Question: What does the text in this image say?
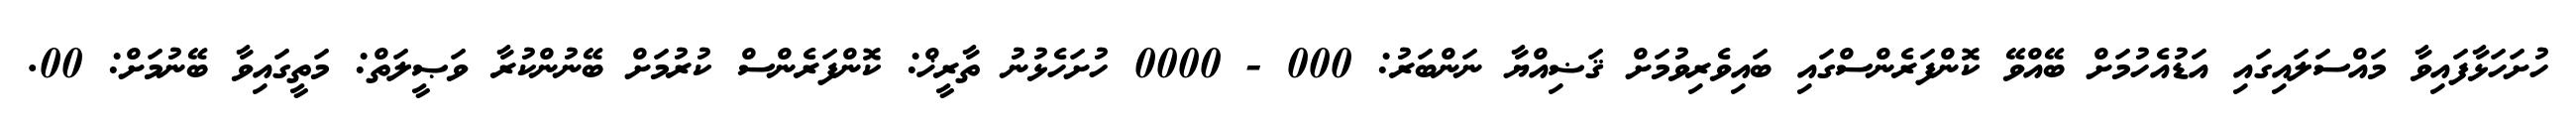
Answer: ހުށަހަޅާފައިވާ މައްސަލައިގައި އަޑުއެހުމަށް ބޭއްވޭ ކޮންފަރެންސްގައި ބައިވެރިވުމަށް ޤަޟިއްޔާ ނަންބަރު: 000 - 0000 ހުށަހެޅުނު ތާރީޚް: ކޮންފަރެންސް ކުރުމަށް ބޭނުންކުރާ ވަޞީލަތް: މަތީގައިވާ ބޭނުމަށް: 00.